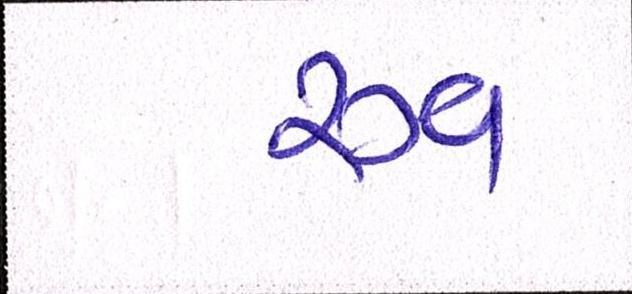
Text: સ્વ